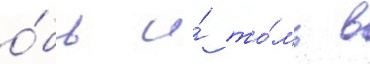
о́бь и́ то́мь в